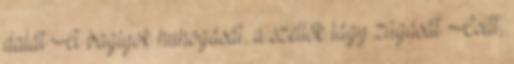
dalát A baglyok huhogását, a szellők lágy zúgását. Csitt,